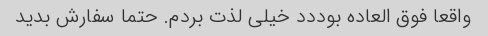
واقعا فوق العاده بوددد خیلی لذت بردم. حتما سفارش بدید